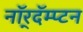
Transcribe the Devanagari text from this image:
नॉर्‌दॅम्प्टन